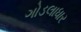
ગોડલાધાર